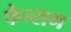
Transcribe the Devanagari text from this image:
फेन्सम